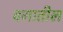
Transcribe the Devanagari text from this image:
वगातील